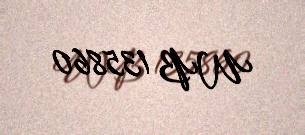
WB 135860